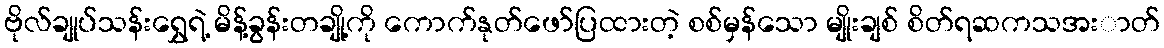
ဗိုလ်ချုပ်သန်းရွှေရဲ့ မိန့်ခွန်းတချို့ကို ကောက်နုတ်ဖော်ပြထားတဲ့ စစ်မှန်သော မျိုးချစ် စိတ်ရဆကသအးာတ်